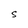
Character: S